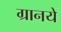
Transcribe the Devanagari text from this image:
ग्रानये